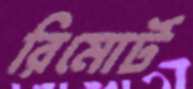
রিমোর্ট